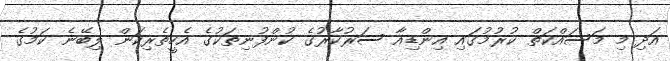
އަދި މި މަސައްކަތް ކުރުމުގައި އިންޑިއާ ސަރުކާރުގެ ކުންފުނިތަކުގެ އެހީތެރިކަން ލިބޭނެ ކަމުގެ